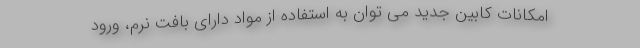
امکانات کابین جدید می توان به استفاده از مواد دارای بافت نرم، ورود